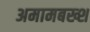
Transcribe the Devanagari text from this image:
अमामबख्श